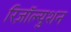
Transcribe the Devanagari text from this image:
रिज़ॉल्युशन